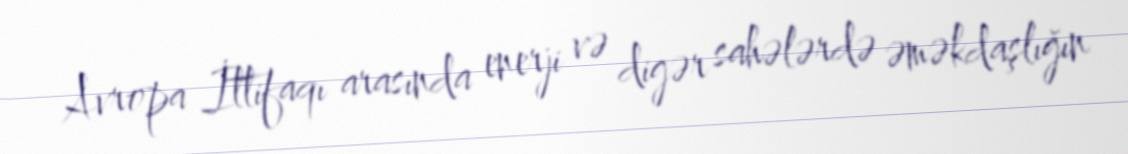
Avropa İttifaqı arasında enerji və digər sahələrdə əməkdaşlığın